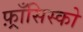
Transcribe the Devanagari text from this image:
फ़्राँसिस्को